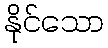
နိုင်သော